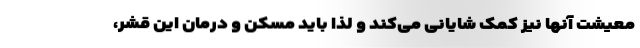
معیشت آنها نیز کمک شایانی می‌کند و لذا باید مسکن و درمان این قشر،